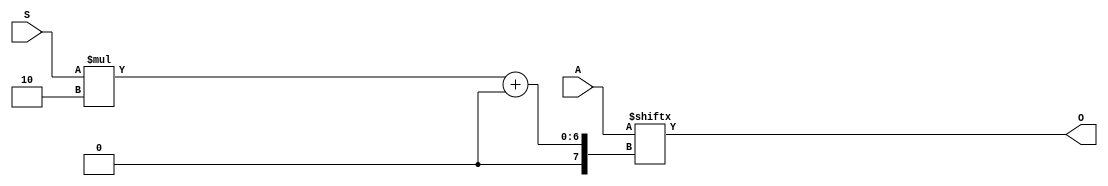
module generic_baseblocks_v2_1_mux #
  (
   parameter         C_FAMILY                         = "rtl",
                       // FPGA Family. Current version: virtex6 or spartan6.
   parameter integer C_SEL_WIDTH                      = 4,
                       // Data width for comparator.
   parameter integer C_DATA_WIDTH                     = 2
                       // Data width for comparator.
   )
  (
   input  wire [C_SEL_WIDTH-1:0]                    S,
   input  wire [(2**C_SEL_WIDTH)*C_DATA_WIDTH-1:0]  A,
   output wire [C_DATA_WIDTH-1:0]                   O
   );
  
  
  /////////////////////////////////////////////////////////////////////////////
  // Variables for generating parameter controlled instances.
  /////////////////////////////////////////////////////////////////////////////
  
  // Generate variable for bit vector.
  genvar bit_cnt;
  
  
  /////////////////////////////////////////////////////////////////////////////
  // Local params
  /////////////////////////////////////////////////////////////////////////////
  
  
  /////////////////////////////////////////////////////////////////////////////
  // Functions
  /////////////////////////////////////////////////////////////////////////////
  
  
  /////////////////////////////////////////////////////////////////////////////
  // Internal signals
  /////////////////////////////////////////////////////////////////////////////
  
  
  /////////////////////////////////////////////////////////////////////////////
  // Instantiate or use RTL code
  /////////////////////////////////////////////////////////////////////////////
  
  generate
    if ( C_FAMILY == "rtl" || C_SEL_WIDTH < 3 ) begin : USE_RTL
      assign O = A[(S)*C_DATA_WIDTH +: C_DATA_WIDTH];
      
    end else begin : USE_FPGA
      
      wire [C_DATA_WIDTH-1:0] C;
      wire [C_DATA_WIDTH-1:0] D;
      
      // Lower half recursively.
      generic_baseblocks_v2_1_mux # 
      (
       .C_FAMILY      (C_FAMILY),
       .C_SEL_WIDTH   (C_SEL_WIDTH-1),
       .C_DATA_WIDTH  (C_DATA_WIDTH)
      ) mux_c_inst 
      (
       .S   (S[C_SEL_WIDTH-2:0]),
       .A   (A[(2**(C_SEL_WIDTH-1))*C_DATA_WIDTH-1 : 0]),
       .O   (C)
      ); 
      
      // Upper half recursively.
      generic_baseblocks_v2_1_mux # 
      (
       .C_FAMILY      (C_FAMILY),
       .C_SEL_WIDTH   (C_SEL_WIDTH-1),
       .C_DATA_WIDTH  (C_DATA_WIDTH)
      ) mux_d_inst 
      (
       .S   (S[C_SEL_WIDTH-2:0]),
       .A   (A[(2**C_SEL_WIDTH)*C_DATA_WIDTH-1 : (2**(C_SEL_WIDTH-1))*C_DATA_WIDTH]),
       .O   (D)
      ); 
      
      // Generate instantiated generic_baseblocks_v2_1_mux components as required.
      for (bit_cnt = 0; bit_cnt < C_DATA_WIDTH ; bit_cnt = bit_cnt + 1) begin : NUM
        if ( C_SEL_WIDTH == 4 ) begin : USE_F8
        
          MUXF8 muxf8_inst 
          (
           .I0  (C[bit_cnt]),
           .I1  (D[bit_cnt]),
           .S   (S[C_SEL_WIDTH-1]),
           .O   (O[bit_cnt])
          ); 
          
        end else if ( C_SEL_WIDTH == 3 ) begin : USE_F7
      
          MUXF7 muxf7_inst 
          (
           .I0  (C[bit_cnt]),
           .I1  (D[bit_cnt]),
           .S   (S[C_SEL_WIDTH-1]),
           .O   (O[bit_cnt])
          ); 
          
        end // C_SEL_WIDTH
      end // end for bit_cnt
    
    end
  endgenerate
  
  
endmodule